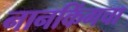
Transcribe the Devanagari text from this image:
नानकिंगचा